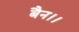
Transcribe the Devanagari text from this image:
बैन।।